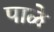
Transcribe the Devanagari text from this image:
पाळे